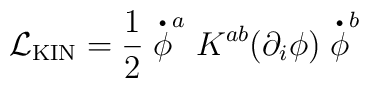
{\cal L}_{\mbox \small{\rm KIN}} = \frac{1}{2} \stackrel{\mbox{{\huge  .}}}{\phi}^{a} K^{ab}(\partial_{i}\phi) \stackrel{\mbox{{\huge  .}}}{\phi}^{b}